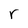
Character: r